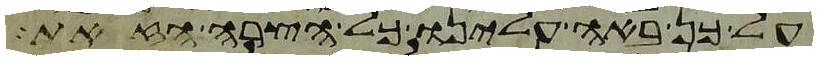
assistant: על כן באה עלינו כל הצרה הזאת